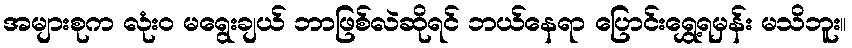
အများစုက လုံး၀ မရွေးချယ် ဘာဖြစ်လဲဆိုရင် ဘယ်နေရာ ပြောင်းရွှေ့ရမှန်း မသိဘူး။